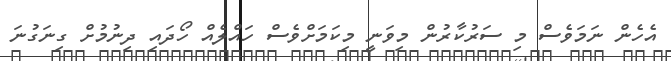
އެހެން ނަމަވެސް މި ސަރުކާރުން މިވަނީ މިކަމަށްވެސް ހައްލެއް ހޯދައި ދިނުމުށް ގިނަގުނަ